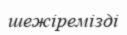
шежіремізді